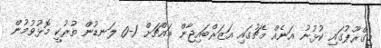
މިގްރޫޕުގައި ކުޅުނު އަނެއް މެޗުގައި އަޒަރްބައިޖާން މައްޗަށް 1-0 ލަނޑުން ތުރުކީ މޮޅުވުމުން